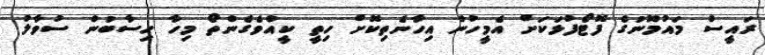
ރައީސް މައުމޫނުގެ ފޮޓޯފުޅަކަށް އެމީހުން އިހާނެތިކޮށް ހިތީ ކީއްވެގެންތޯ މިހާ ހިސާބުން ސުވާލު